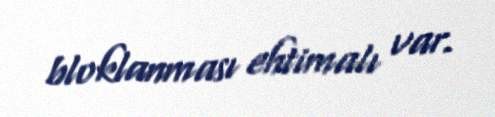
bloklanması ehtimalı var.